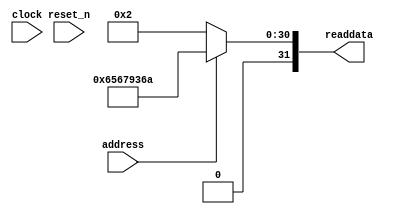
module audio_nios_sysid_qsys_1 (
               // inputs:
                address,
                clock,
                reset_n,

               // outputs:
                readdata
             )
;

  output  [ 31: 0] readdata;
  input            address;
  input            clock;
  input            reset_n;

  wire    [ 31: 0] readdata;
  //control_slave, which is an e_avalon_slave
  assign readdata = address ? 1701286762 : 2;

endmodule